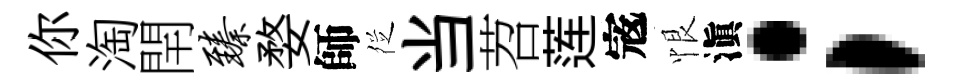
你淘閈臻婺師徔当苕莲𡨥恨滇；